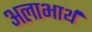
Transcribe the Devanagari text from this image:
अलाभार्थ